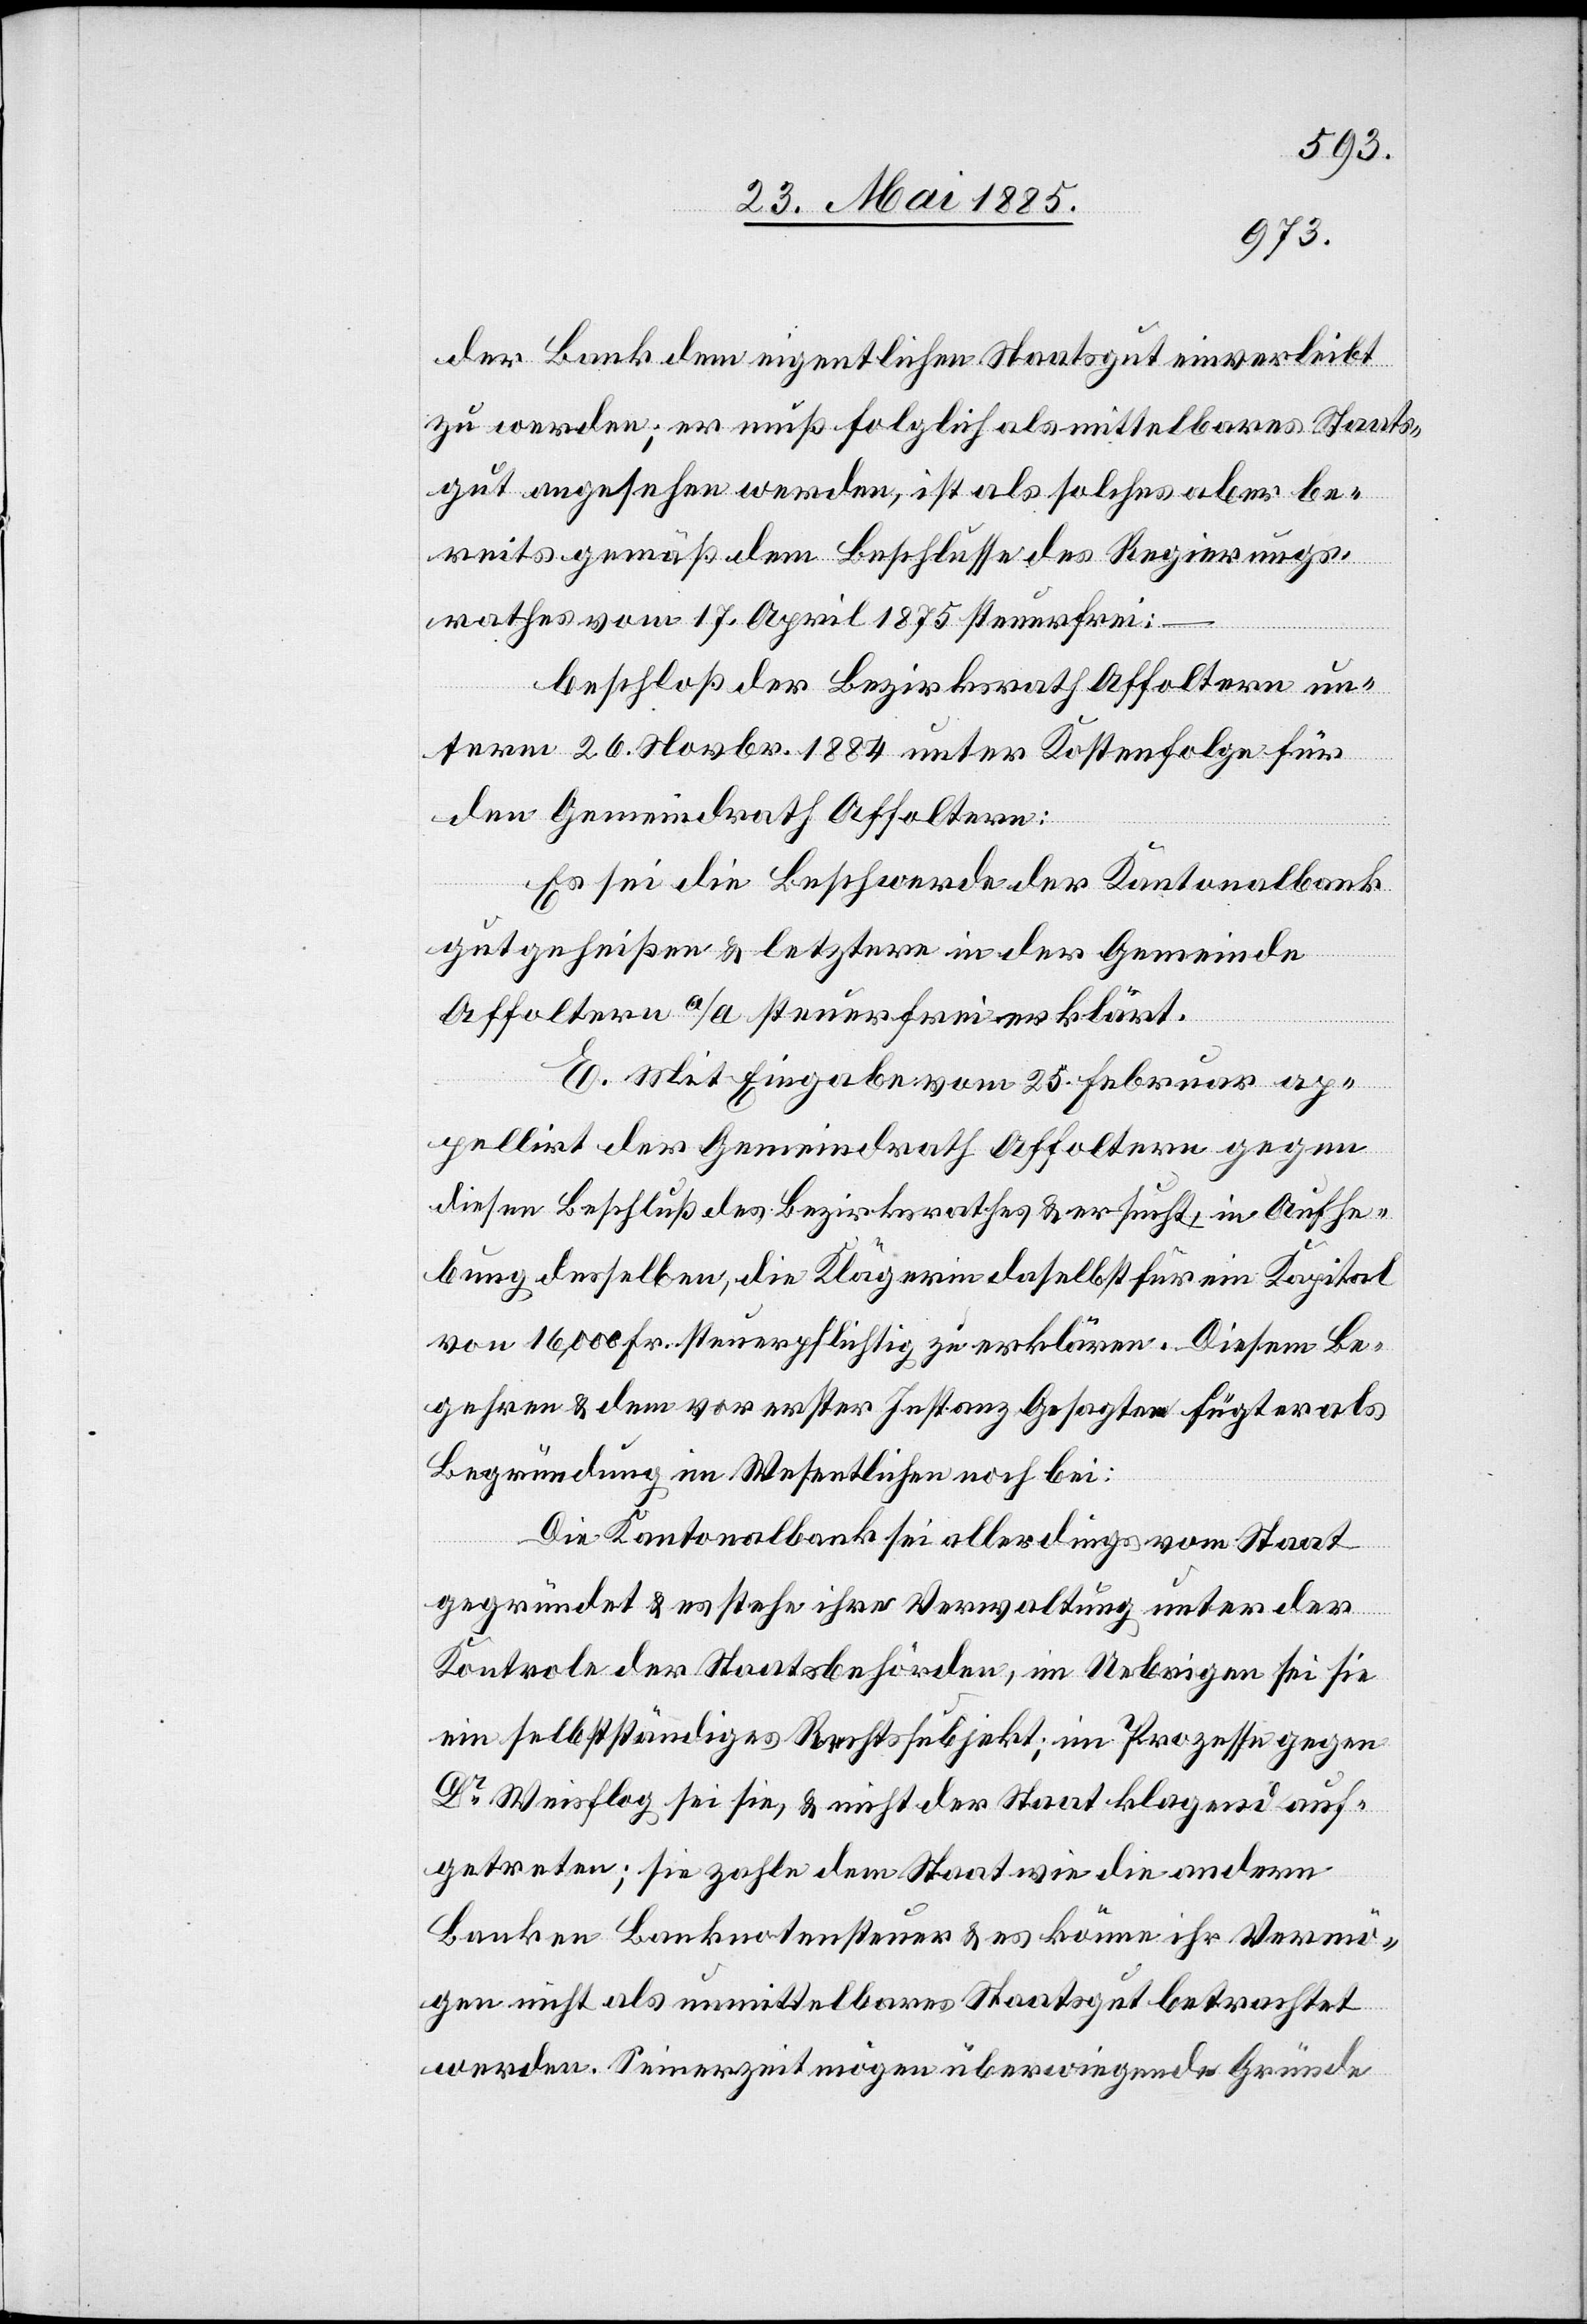
der Bank dem eigentlichen Staatsgut einverleibt
zu werden; er muß folglich als mittelbares Staats¬
gut angesehen werden, ist als solches aber be¬
reits gemäß dem Beschlusse des Regierungs¬
rathes vom 17. April 1875 steuerfrei:
beschloß der Bezirksrath Affoltern un¬
term 26. Novbr. 1884 unter Kostenfolge für
den Gemeindrath Affoltern:
Es sei die Beschwerde der Kantonalbank
gutgeheißen & letztere in der Gemeinde
Affoltern a/A steuerfrei erklärt.
E. Mit Eingabe vom 25. Februar ap¬
pellirt der Gemeindrath Affoltern gegen
diesen Beschluß des Bezirksrathes & ersucht, in Aufhe¬
bung desselben, die Klägerin daselbst für ein Kapital
von 16,000 Fr. steuerpflichtig zu erklären. Diesem Be¬
gehren & dem vor erster Instanz Gesagten fügt er als
Begründung im Wesentlichen bei:
Die Kantonalbank sei allerdings vom Staat
gegründet & es stehe ihre Verwaltung unter der
Kontrole der Staatsbehörden, im Uebrigen sei sie
ein selbstständiges Rechtssubjekt; im Prozesse gegen
Dr Weisflog sei sie, & nicht der Staat klagend auf¬
getreten; sie zahle dem Staat wie die andern
Banken Banknotensteuer & es könne ihr Vermö¬
gen nicht als unmittelbares Staatsgut betrachtet
werden. Seinerzeit mögen überwiegende Gründe